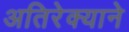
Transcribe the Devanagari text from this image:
अतिरेक्याने